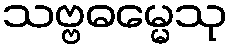
သဗ္ဗဓမ္မေသု